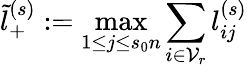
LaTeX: \tilde{l}_{+}^{(s)}:=\operatorname*{max}_{1\le j\le s_{0}n}\sum_{i\in\mathcal{V}_{r}}l_{ij}^{(s)}